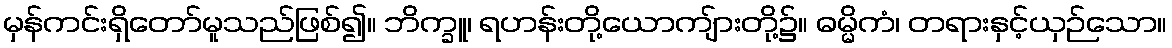
မှန်ကင်းရှိတော်မူသည်ဖြစ်၍။ ဘိက္ခူ၊ ရဟန်းတို့ယောကျ်ားတို့၌။ ဓမ္မိကံ၊ တရားနှင့်ယှဉ်သော။